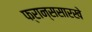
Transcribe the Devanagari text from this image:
फ्रान्ससारखे